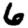
Digit: 6